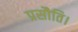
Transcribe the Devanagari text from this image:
प्रसौति।